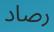
رصاد